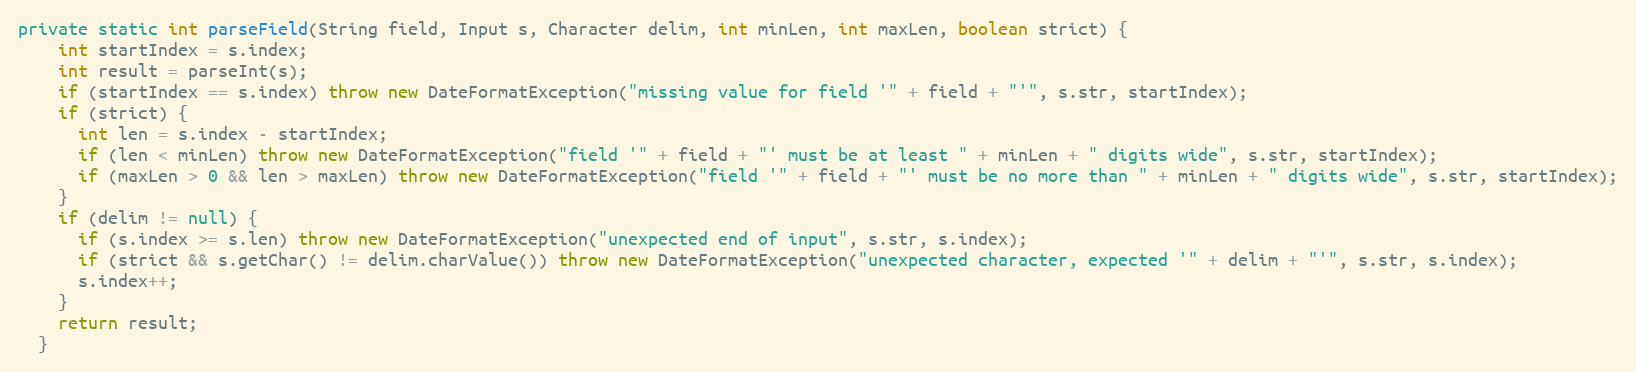
Language: Java
private static int parseField(String field, Input s, Character delim, int minLen, int maxLen, boolean strict) {
    int startIndex = s.index;
    int result = parseInt(s);
    if (startIndex == s.index) throw new DateFormatException("missing value for field '" + field + "'", s.str, startIndex);
    if (strict) {
      int len = s.index - startIndex;
      if (len < minLen) throw new DateFormatException("field '" + field + "' must be at least " + minLen + " digits wide", s.str, startIndex);
      if (maxLen > 0 && len > maxLen) throw new DateFormatException("field '" + field + "' must be no more than " + minLen + " digits wide", s.str, startIndex);
    }
    if (delim != null) {
      if (s.index >= s.len) throw new DateFormatException("unexpected end of input", s.str, s.index);
      if (strict && s.getChar() != delim.charValue()) throw new DateFormatException("unexpected character, expected '" + delim + "'", s.str, s.index);
      s.index++;
    }
    return result;
  }